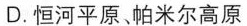
D.恒河平原、帕米尔高原